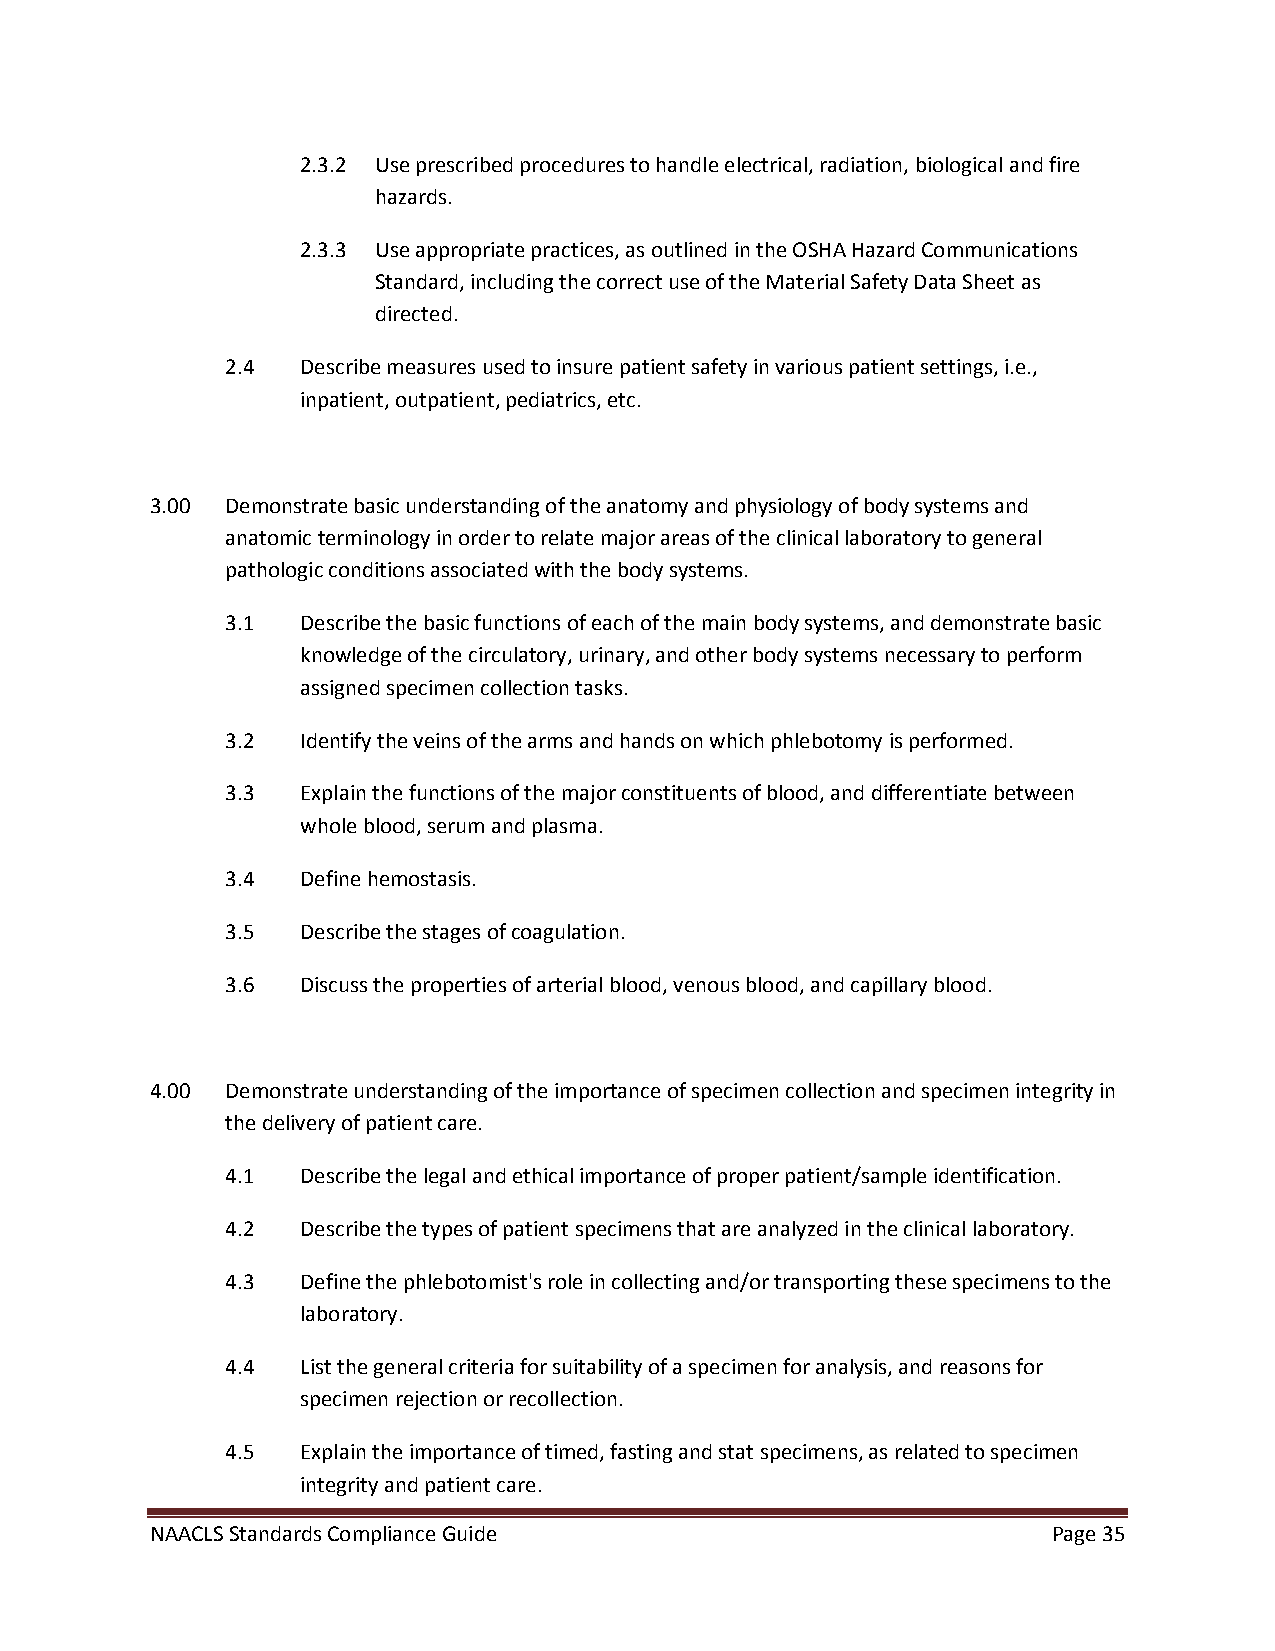
2.3.2 Use prescribed procedures to handle electrical, radiation, biological and fire
 hazards.
 2.3.3 Use appropriate practices, as outlined in the OSHA Hazard Communications
 Standard, including the correct use of the Material Safety Data Sheet as
 directed.
 2.4  Describe measures used to insure patient safety in various patient settings, i.e.,
 inpatient, outpatient, pediatrics, etc.
 3.00 Demonstrate basic understanding of the anatomy and physiology of body systems and
 anatomic terminology in order to relate major areas of the clinical laboratory to general
 pathologic conditions associated with the body systems.
 3.1  Describe the basic functions of each of the main body systems, and demonstrate basic
 knowledge of the circulatory, urinary, and other body systems necessary to perform
 assigned specimen collection tasks.
 3.2  Identify the veins of the arms and hands on which phlebotomy is performed.
 3.3  Explain the functions of the major constituents of blood, and differentiate between
 whole blood, serum and plasma.
 3.4  Define hemostasis.
 3.5  Describe the stages of coagulation.
 3.6  Discuss the properties of arterial blood, venous blood, and capillary blood.
 4.00 Demonstrate understanding of the importance of specimen collection and specimen integrity in
 the delivery of patient care.
 4.1  Describe the legal and ethical importance of proper patient/sample identification.
 4.2  Describe the types of patient specimens that are analyzed in the clinical laboratory.
 4.3  Define the phlebotomist's role in collecting and/or transporting these specimens to the
 laboratory.
 4.4  List the general criteria for suitability of a specimen for analysis, and reasons for
 specimen rejection or recollection.
 4.5  Explain the importance of timed, fasting and stat specimens, as related to specimen
 integrity and patient care.
 NAACLS Standards Compliance Guide                           Page 35